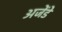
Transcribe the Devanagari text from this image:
अजेंडे